Indian journal of veterinary science and animal husbandry - Volume 11,
Year: 1941
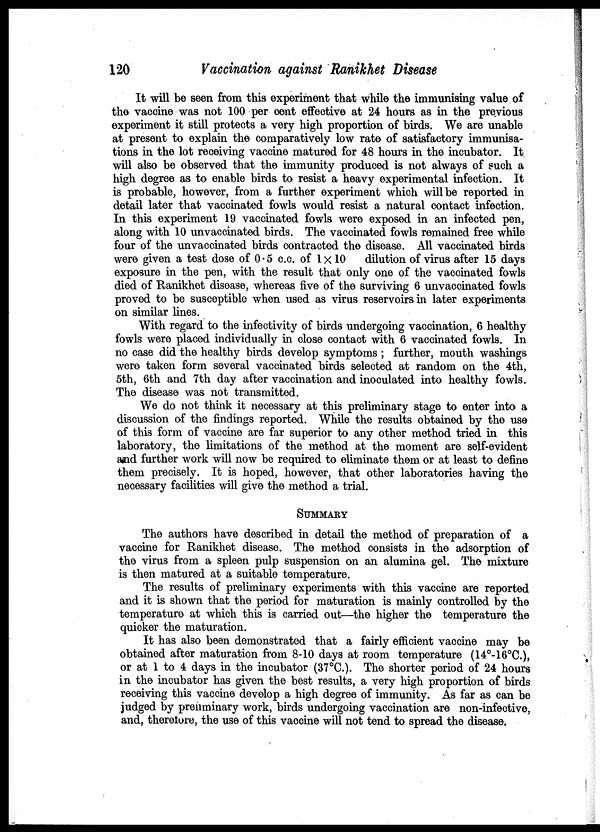
120
Vaccination against Ranikhet Disease
It will be seen from this experiment that while the immunising value of
the vaccine was not 100 per cent effective at 24 hours as in the previous
experiment it still protects a very high proportion of birds. We are unable
at present to explain the comparatively low rate of satisfactory immunisa-
tions in the lot receiving vaccine matured for 48 hours in the incubator. It
will also be observed that the immunity produced is not always of such a
high degree as to enable birds to resist a heavy experimental infection. It
is probable, however, from a further experiment which will be reported in
detail later that vaccinated fowls would resist a natural contact infection.
In this experiment 19 vaccinated fowls were exposed in an infected pen,
along with 10 unvaccinated birds. The vaccinated fowls remained free while
four of the unvaccinated birds contracted the disease. All vaccinated birds
were given a test dose of 0.5 c.c. of 1×10
dilution of virus after 15 days
exposure in the pen, with the result that only one of the vaccinated fowls
died of Ranikhet disease, whereas five of the surviving 6 unvaccinated fowls
proved to be susceptible when used as virus reservoirs in later experiments
on similar lines.
With regard to the infectivity of birds undergoing vaccination, 6 healthy
fowls were placed individually in close contact with 6 vaccinated fowls. In
no case did the healthy birds develop symptoms ; further, mouth washings
were taken form several vaccinated birds selected at random on the 4th,
5th, 6th and 7th day after vaccination and inoculated into healthy fowls.
The disease was not transmitted.
We do not think it necessary at this preliminary stage to enter into a
discussion of the findings reported. While the results obtained by the use
of this form of vaccine are far superior to any other method tried in this
laboratory, the limitations of the method at the moment are self-evident
and further work will now be required to eliminate them or at least to define
them precisely. It is hoped, however, that other laboratories having the
necessary facilities will give the method a trial.
SUMMARY
The authors have described in detail the method of preparation of a
vaccine for Ranikhet disease. The method consists in the adsorption of
the virus from a spleen pulp suspension on an alumina gel. The mixture
is then matured at a suitable temperature.
The results of preliminary experiments with this vaccine are reported
and it is shown that the period for maturation is mainly controlled by the
temperature at which this is carried out—the higher the temperature the
quicker the maturation.
It has also been demonstrated that a fairly efficient vaccine may be
obtained after maturation from 8-10 days at room temperature (14°-16°C.),
or at 1 to 4 days in the incubator (37°C.). The shorter period of 24 hours
in the incubator has given the best results, a very high proportion of birds
receiving this vaccine develop a high degree of immunity. As far as can be
judged by preliminary work, birds undergoing vaccination are non-infective,
and, therefore, the use of this vaccine will not tend to spread the disease.